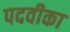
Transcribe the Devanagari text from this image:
पदवीका